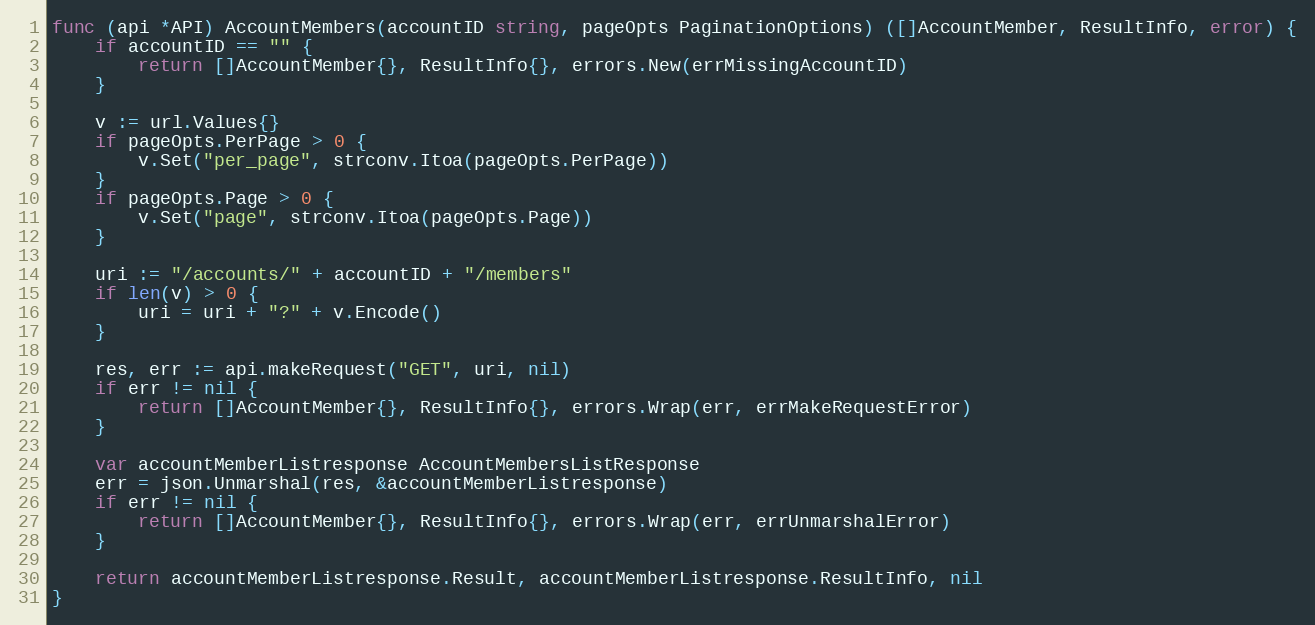
Language: Go
func (api *API) AccountMembers(accountID string, pageOpts PaginationOptions) ([]AccountMember, ResultInfo, error) {
	if accountID == "" {
		return []AccountMember{}, ResultInfo{}, errors.New(errMissingAccountID)
	}

	v := url.Values{}
	if pageOpts.PerPage > 0 {
		v.Set("per_page", strconv.Itoa(pageOpts.PerPage))
	}
	if pageOpts.Page > 0 {
		v.Set("page", strconv.Itoa(pageOpts.Page))
	}

	uri := "/accounts/" + accountID + "/members"
	if len(v) > 0 {
		uri = uri + "?" + v.Encode()
	}

	res, err := api.makeRequest("GET", uri, nil)
	if err != nil {
		return []AccountMember{}, ResultInfo{}, errors.Wrap(err, errMakeRequestError)
	}

	var accountMemberListresponse AccountMembersListResponse
	err = json.Unmarshal(res, &accountMemberListresponse)
	if err != nil {
		return []AccountMember{}, ResultInfo{}, errors.Wrap(err, errUnmarshalError)
	}

	return accountMemberListresponse.Result, accountMemberListresponse.ResultInfo, nil
}